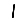
Digit: 1